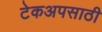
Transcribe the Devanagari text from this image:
टेकअपसाठी